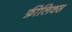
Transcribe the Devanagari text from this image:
फ़ीलिक्स